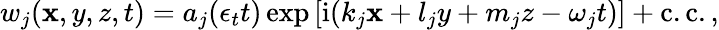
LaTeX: w_{j}(\mathbf{x},y,z,t)=a_{j}(\epsilon_{t}t)\exp{[\textnormal{i}(k_{j}\mathbf{x}+l_{j}y+m_{j}z-\omega_{j}t)]}+\mathrm{{c.c}}.,